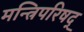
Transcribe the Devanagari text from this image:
मन्त्रिपरिषद्